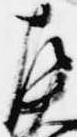
左